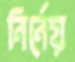
নির্নেয়